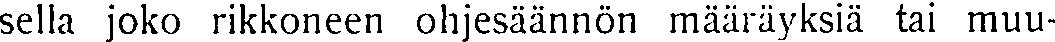
sella joko rikkoneen ohjesäännön määräyksiä tai muu-